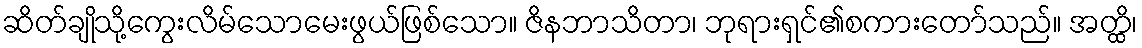
ဆိတ်ချိုသို့ကွေးလိမ်သောမေးဖွယ်ဖြစ်သော။ ဇိနဘာသိတာ၊ ဘုရားရှင်၏စကားတော်သည်။ အတ္ထိ၊